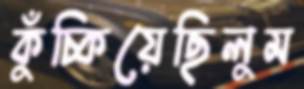
কুঁচ্‌কিয়েছিলুম